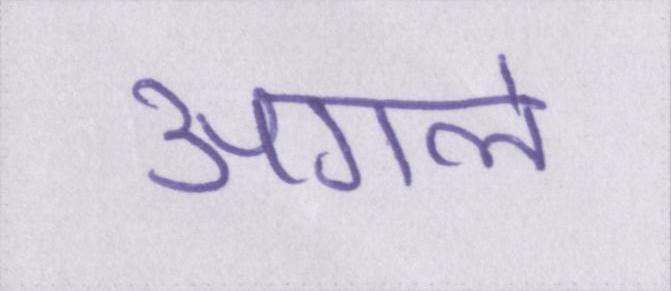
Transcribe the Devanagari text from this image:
अगले